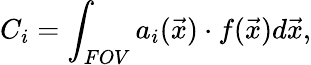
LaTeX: C_{i}=\int_{FOV}a_{i}(\vec{x})\cdot f(\vec{x})d\vec{x},